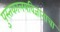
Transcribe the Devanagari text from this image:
पुस्तकालयविज्ञानाचा